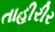
તાહીરીર